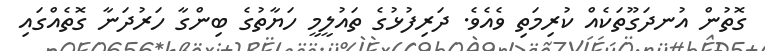
ގޮތުން އުނދަގޫތަކެއް ކުރިމަތި ވެއެވެ. ދަރިފުޅުގެ ތައުލީމީ ހަޔާތުގެ ބިންގާ ހަރުދަނާ ގޮތެއްގައި